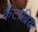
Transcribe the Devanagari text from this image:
कैंटाब्रिया